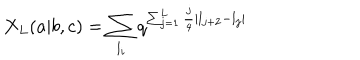
X _ { L } ( a | b , c ) = \sum _ { l _ { i } } q ^ { \sum _ { j = 1 } ^ { L } \frac { j } { 4 } | l _ { j + 2 } - l _ { j } | }